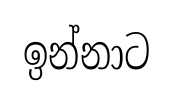
ඉන්නාට